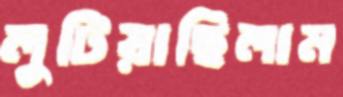
লুটিয়াছিলাম